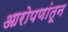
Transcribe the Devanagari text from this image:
आरोपणांतून